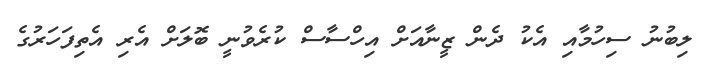
ލިބުނު ސިހުމާއި އެކު ދެން ޒީނާއަށް އިހްސާސް ކުރެވުނީ ބޮލަށް އެރި އެތިފަހަރުގެ